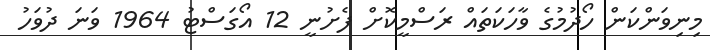
މިނިވަންކަން ހޯދުމުގެ ވާހަކަތައް ރަސްމީކޮށް ފެށުނީ 12 އޯގަސްޓު 1964 ވަނަ ދުވަހު